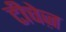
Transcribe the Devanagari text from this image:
टीचेज़